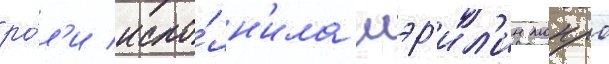
ро́л'и испо́лн'ила мэр'ил'ин монро